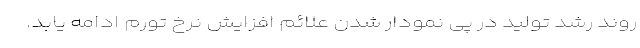
روند رشد تولید در پی نمودار شدن علائم افزایش نرخ تورم ادامه یابد.